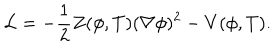
{ \cal L } = - \frac { 1 } { 2 } Z ( \phi , T ) ( \nabla \phi ) ^ { 2 } - V ( \phi , T ) .